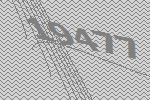
19477